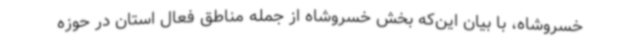
خسروشاه، با بیان این‌که بخش خسروشاه از جمله مناطق فعال استان در حوزه